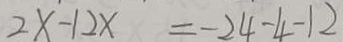
2 x - 1 2 x = - 2 4 - 4 - 1 2